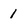
Character: 1